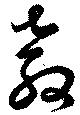
教